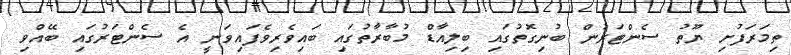
ތިމަރަފުށި ޔޫތު ސެންޓަރުން ބުނިގޮތުގައި ބިލިއާޑް މުބާރާތުގައި ބައިވެރިވެފައިވަނީ އެ ސެންޓަރުގައި ބޭއްވި